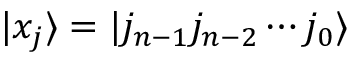
| x _ { j } \rangle = | j _ { n - 1 } j _ { n - 2 } \cdots j _ { 0 } \rangle